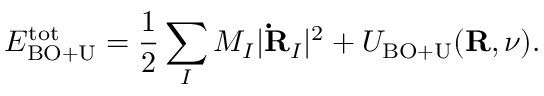
{ \displaystyle { E } _ { \mathrm { B O + U } } ^ { \mathrm { t o t } } = \frac { 1 } { 2 } \sum _ { I } M _ { I } \vert { \bf \dot { R } } _ { I } \vert ^ { 2 } + { \cal U } _ { \mathrm { B O + U } } ( { \bf R } , \nu ) } .